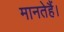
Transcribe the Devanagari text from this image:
मानतेहैं।